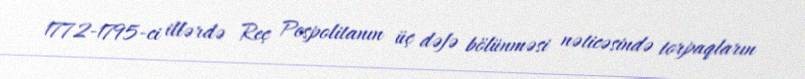
1772-1795-ci illərdə Reç Pospolitanın üç dəfə bölünməsi nəticəsində torpaqların